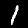
Label: 1